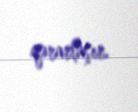
qərarlaşır.